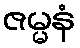
ဇမ္မနံ